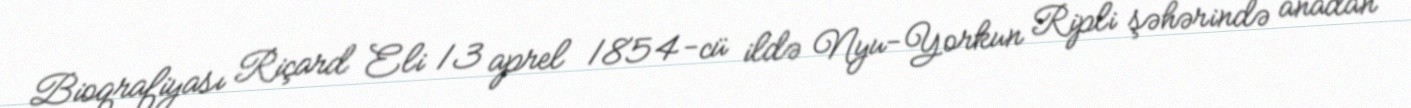
Bioqrafiyası Riçard Eli 13 aprel 1854-cü ildə Nyu-Yorkun Ripli şəhərində anadan